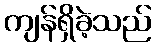
ကျန်ရှိခဲ့သည်